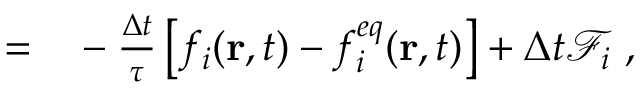
\begin{array} { r l } { = } & { { } - \frac { \Delta t } { \tau } \left[ f _ { i } ( \mathbf { r } , t ) - f _ { i } ^ { e q } ( \mathbf { r } , t ) \right] + \Delta { t } \mathcal { F } _ { i } \ , } \end{array}